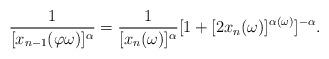
LaTeX: \begin{align*}\frac{1}{[x_{n-1}(\varphi \omega)]^\alpha} = \frac{1}{[x_{n}(\omega)]^\alpha}[1 + [2x_n(\omega)]^{\alpha(\omega)}]^{-\alpha}.\end{align*}